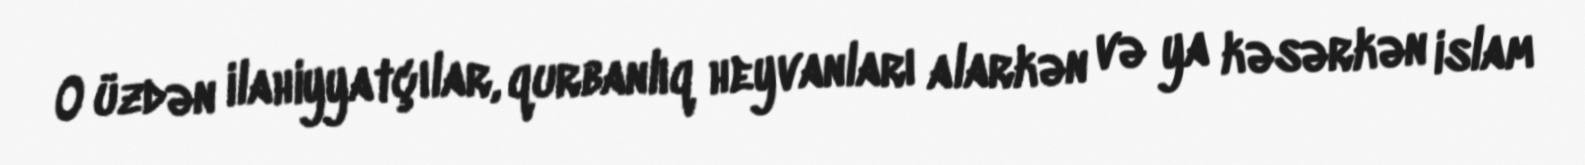
O üzdən ilahiyyatçılar, qurbanlıq heyvanları alarkən və ya kəsərkən islam